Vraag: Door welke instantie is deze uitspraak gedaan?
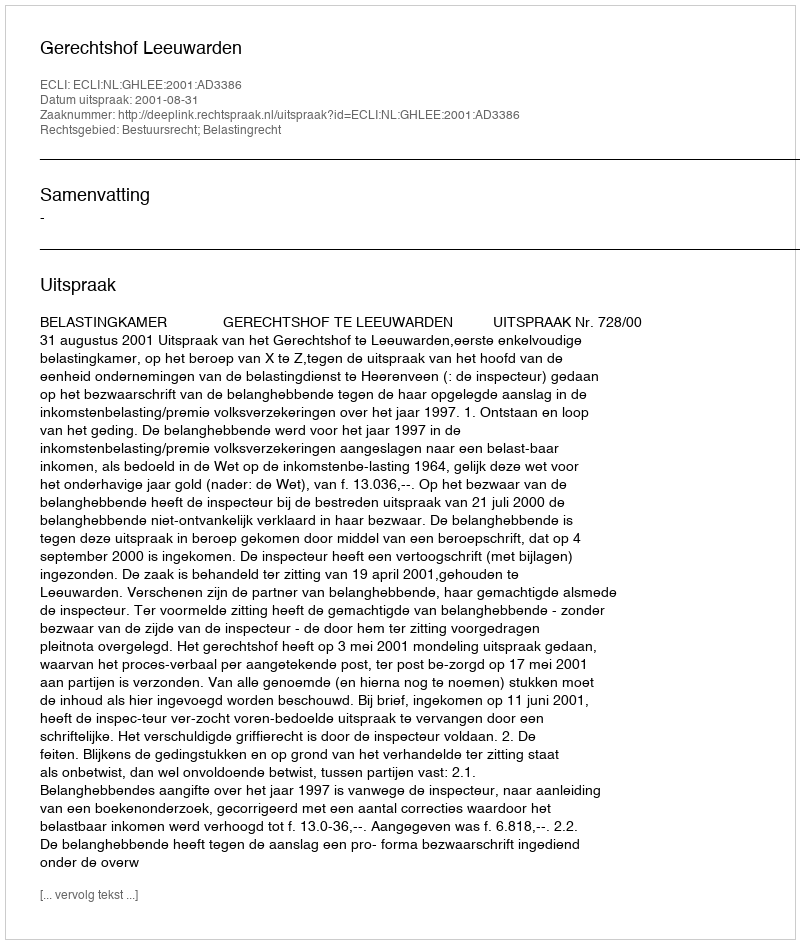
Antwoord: Gerechtshof Leeuwarden